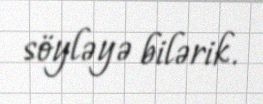
söyləyə bilərik.